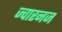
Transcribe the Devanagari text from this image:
ज्वारनज